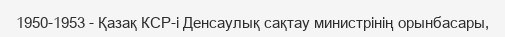
1950-1953 - Қазақ КСР-і Денсаулық сақтау министрінің орынбасары,